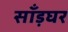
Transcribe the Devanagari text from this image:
साँड़घर